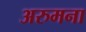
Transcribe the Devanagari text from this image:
अरुमना